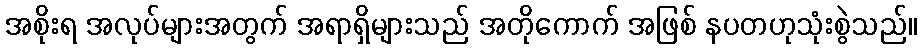
အစိုးရ အလုပ်များအတွက် အရာရှိများသည် အတိုကောက် အဖြစ် နပတဟုသုံးစွဲသည်။